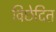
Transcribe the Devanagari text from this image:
विछेदित